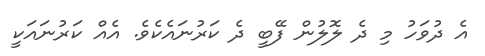
އެ ދުވަހު މި ދެ ލޮލުން ފޭބީ ދެ ކަރުނައެކެވެ. އެއް ކަރުނައަކީ